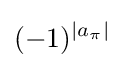
(-1)^{\left|a_{\pi }\right|}